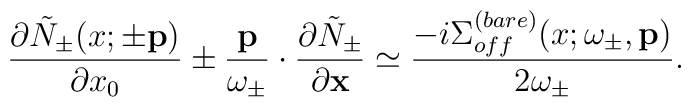
\frac{\partial \tilde{N}_\pm (x; \pm {\bf p})}{\partial x_0} \pm \frac{{\bf p}}{\omega_\pm} \cdot \frac{\partial \tilde{N}_\pm}{\partial {\bf x}} \simeq  \frac{- i \Sigma_{off}^{(bare)} (x; \omega_\pm, {\bf p})}{2 \omega_\pm} .